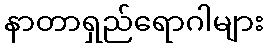
နာတာရှည်ရောဂါများ